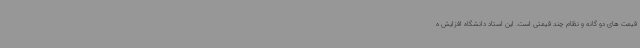
قیمت های دو گانه و نظام چند قیمتی است. این استاد دانشگاه افزایش ه